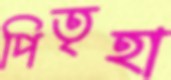
পিতৃহা